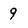
Character: 9